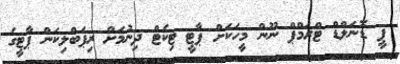
ޕީ ޑޮނަލްޑް ޓްރަމްޕް ނޫން މީހަކަށް ޕާޓީ ޓިކެޓް ދިނުމަށް ރިޕަބްލިކަން ޕާޓީގެ